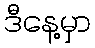
ဒီနေ့မှာ